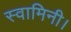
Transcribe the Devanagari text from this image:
स्वामिनी।